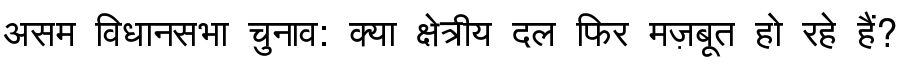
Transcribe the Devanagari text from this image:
असम विधानसभा चुनाव: क्या क्षेत्रीय दल फिर मज़बूत हो रहे हैं?